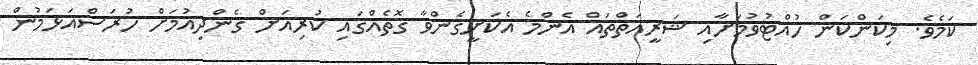
ކަމެވެ. މިކަންކަން ހުއްޓުވުމަށާއި ޝަރީއަތްތައް އެންމެ އެކަށީގެންވާ ގޮތެއްގައި ކުރިއަށް ގެންދިއުމަށް ހުރަސްއަޅަމުން